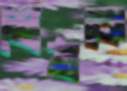
শ্রেষ্ঠকে